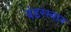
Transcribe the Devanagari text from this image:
वंडरस्वान